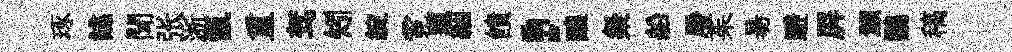
琢譙聞张淅氤重驾矧綻霓頭絪饋，醸粲船屠茱昜避屛灝鸚稿